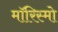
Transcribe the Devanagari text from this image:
मॉरिस्मो